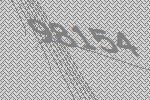
98154